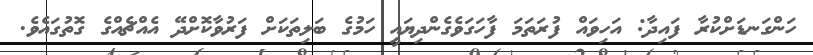
ހަންގަނޑަށްކުރާ ފައިދާ: އަހިވައް ފުރަތަމަ ފާހަގަވެގެންދިޔައީ ހަމުގެ ބަލިތަކަށް ފަރުވާކޮށްދޭ އެއްޗެއްގެ ގޮތުގައެވެ.